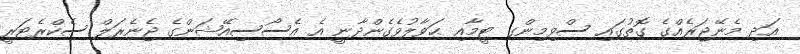
އަދި މެނޭޖަރެއްގެ ގޮތުގައި ސްވިމިންގ ޓީމާއި ޙަވާލުވެގެންދާނީ އެ އެސޯސިއޭޝަންގެ ޖެނެރަލް ސެކްރެޓަރީ